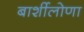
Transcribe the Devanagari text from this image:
बार्शीलोणा